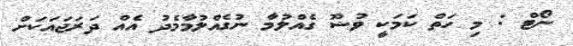
ނޯޓް : މި ހަތް ކަމަކީ ވުޟޫ ގެއްލުމާ ނުގެއްލުމާމެދު އެއް ދަރަޖައަކަށް